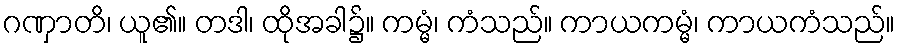
ဂဏှာတိ၊ ယူ၏။ တဒါ၊ ထိုအခါ၌။ ကမ္မံ၊ ကံသည်။ ကာယကမ္မံ၊ ကာယကံသည်။